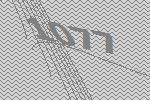
1077